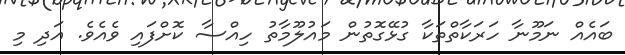
ބައެއް ނަމޫނާ ހަރަކާތްތަކާ ގުޅޭގޮތުން މައުލޫމާތު ހިއްސާ ކޮށްފައި ވެއެވެ. އަދި މި